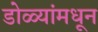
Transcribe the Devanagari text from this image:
डोळ्यांमधून